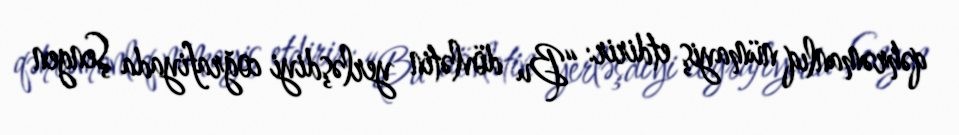
qəhrəmanlıq nümayiş etdirir: “Bu dövlətin yerləşdiyi coğrafiyada Şengen